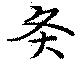
灸